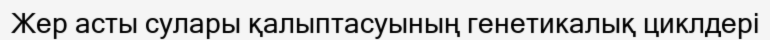
Жер асты сулары қалыптасуының генетикалық циклдері